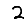
Digit: 2